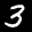
Label: 3